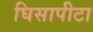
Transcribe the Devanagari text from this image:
घिसापीटा